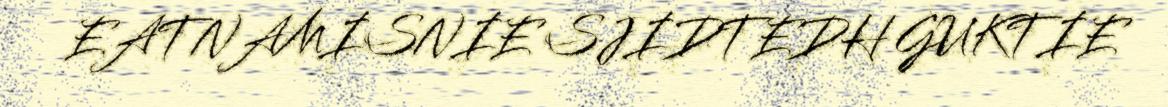
EATNAMISNIE SJIDTEDH GUKTIE